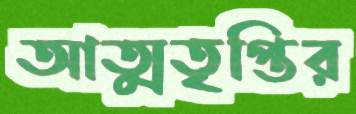
আত্মতৃপ্তির